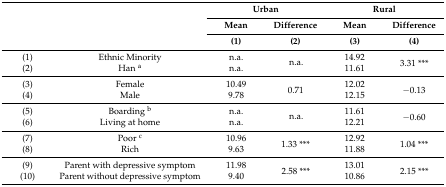
<table><thead><tr><td rowspan="3" colspan="2"></td><td colspan="2"><b>Urban</b></td><td colspan="2"><b>Rural</b></td></tr><tr><td><b>Mean</b></td><td><b>Difference</b></td><td><b>Mean</b></td><td><b>Difference</b></td></tr><tr><td><b>(1)</b></td><td><b>(2)</b></td><td><b>(3)</b></td><td><b>(4)</b></td></tr></thead><tbody><tr><td>(1)</td><td>Ethnic Minority</td><td>n.a.</td><td rowspan="2">n.a.</td><td>14.92</td><td rowspan="2">3.31 ***</td></tr><tr><td>(2)</td><td>Han <sup>a</sup></td><td>n.a.</td><td>11.61</td></tr><tr><td>(3)</td><td>Female</td><td>10.49</td><td rowspan="2">0.71</td><td>12.02</td><td rowspan="2">−0.13</td></tr><tr><td>(4)</td><td>Male</td><td>9.78</td><td>12.15</td></tr><tr><td>(5)</td><td>Boarding <sup>b</sup></td><td>n.a.</td><td rowspan="2">n.a.</td><td>11.61</td><td rowspan="2">−0.60</td></tr><tr><td>(6)</td><td>Living at home</td><td>n.a.</td><td>12.21</td></tr><tr><td>(7)</td><td>Poor <sup>c</sup></td><td>10.96</td><td rowspan="2">1.33 ***</td><td>12.92</td><td rowspan="2">1.04 ***</td></tr><tr><td>(8)</td><td>Rich</td><td>9.63</td><td>11.88</td></tr><tr><td>(9)</td><td>Parent with depressive symptom</td><td>11.98</td><td rowspan="2">2.58 ***</td><td>13.01</td><td rowspan="2">2.15 ***</td></tr><tr><td>(10)</td><td>Parent without depressive symptom</td><td>9.40</td><td>10.86</td></tr></tbody></table>